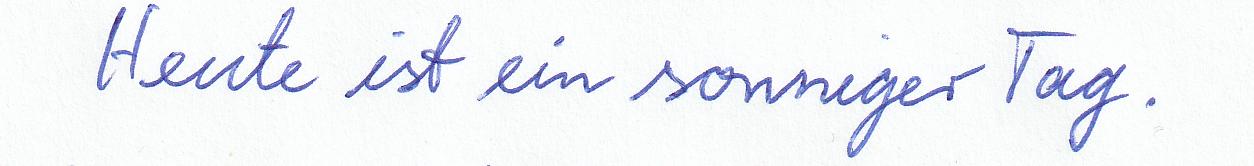
Heute ist ein sonniger Tag.